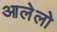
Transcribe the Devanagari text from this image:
आलेलो